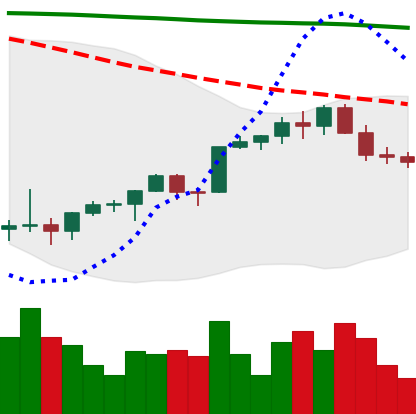
Ticker: ETH-USD
Chart end date: 2022-02-13
Forward return: -3.389%
Label: down_3_5